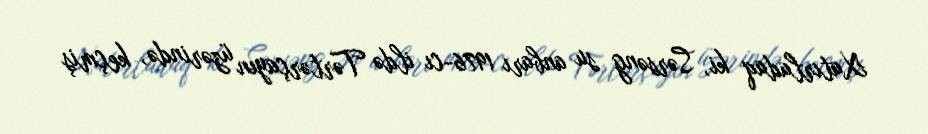
Xatırladaq ki, Sərsəng su anbarı 1976-cı ildə Tərtərçayın üzərində, keçmiş